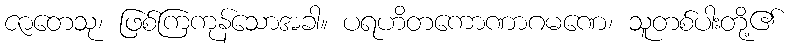
ဇာတေသု၊ ဖြစ်ကြကုန်သောအခါ။ ပရဟိတကောဏာဂမဏေ၊ သူတစ်ပါးတို့၏